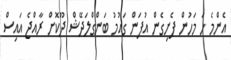
އެންމެ ހަ މަހުން ފެށިގެން އުފަން ގައުމު ބަންގްލަދޭޝް ދޫކޮށް ރާއްޖެ އައިސް